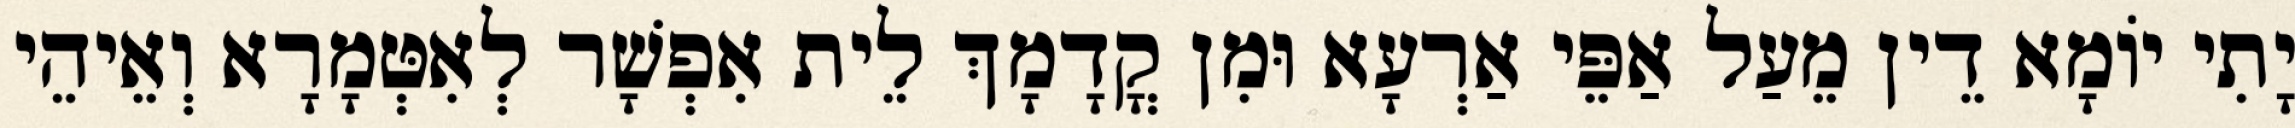
יָתִי יוֹמָא דֵין מֵעַל אַפֵּי אַרְעָא וּמִן קֳדָמָךְ לֵית אִפְשָׁר לְאִטְּמָרָא וְאֵיהֵי